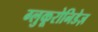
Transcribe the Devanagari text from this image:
ग्लुकूरोनिडेज़